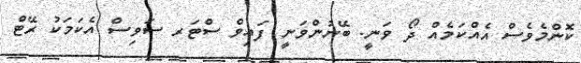
ކޮންމެވެސް އެއްކަމެއް ދޯ ވަނީ. ބޭނުންވަނީ ފައިވް ސްޓަރ ސަވިސް އެކަމަކު ރޭޓް